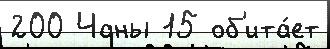
200 Чаны 15 об'ита́ет